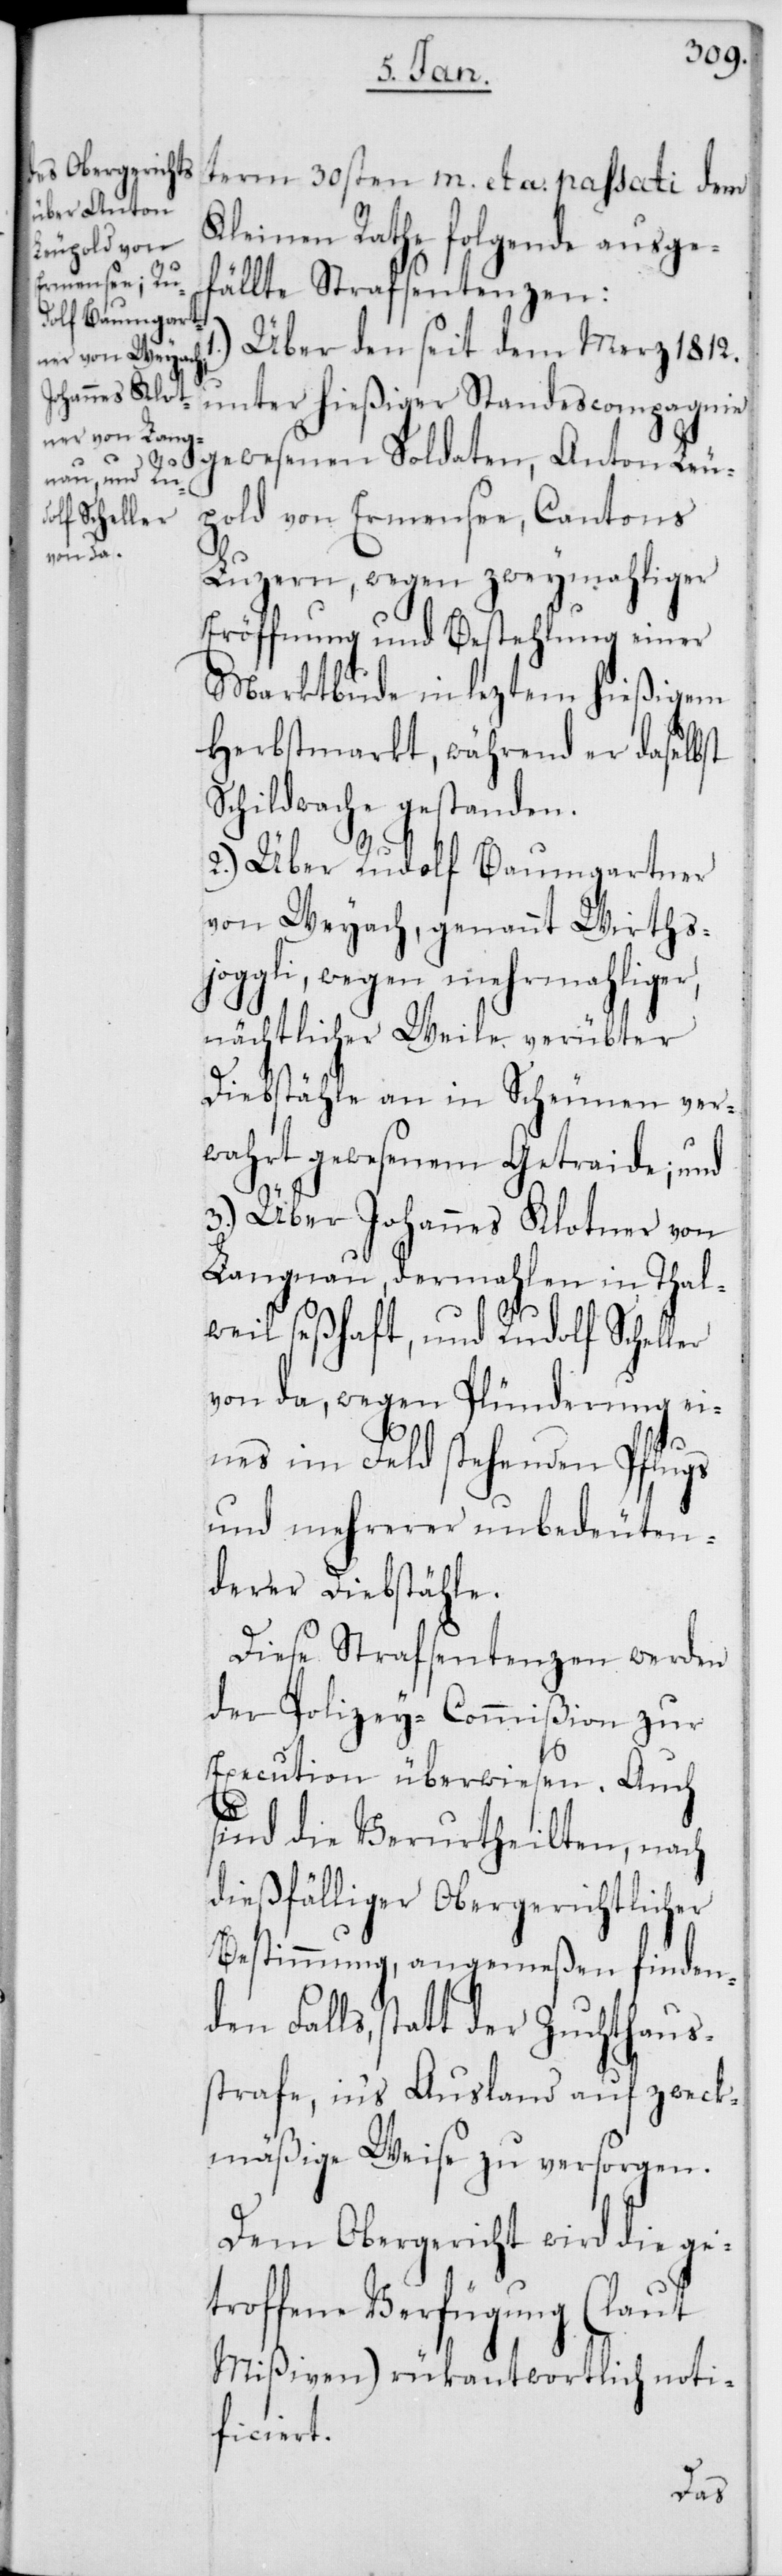
term 30sten m. et a. passati dem
Kleinen Rathe folgende ausge¬
fällte Strafsentenzen:
Über den seit dem Merz 1812.
er
gewesenen Soldaten, Anton Leu¬
pold von Ermensee, Cantons
Luzern, wegen zweymahliger
Eröffnung und Bestehlung einer
Marktbude in leztem hießigem
Herbstmarkt, während er daselbst
Schildwache gestanden.
2.) Über Rudolf Baumgartner
von Weyach, genannt Wirths¬
joggli, wegen mehrmahliger
nächtlicher Weile verübter
Diebstähle an in Scheunen ver¬
wahrt gewesenem Getraide; und
3.) Über Johannes Klotner von
Langnau, dermahlen in Thal¬
weil seßhaft, und Rudolf Schell¬
von da, wegen Plünderung ei¬
nes im Felde stehenden Pflugs
und mehrerer unbedeuten¬
derer Diebstähle.
Diese Strafsentenzen werden
der Polizey-Commißion zur
Execution überwiesen. Auch
sind die Verurtheilten, nach
dießfälliger Obergerichtlicher
Bestimmung, angemeßen finden¬
den Falls, statt der Zuchthaus¬
strafe, in‘s Ausland auf zweck¬
mäßige Weise zu versorgen.
Dem Obergericht wird die ge¬
troffene Verfügung (laut
Mißiven) rückantwortlich noti¬
ficiert.